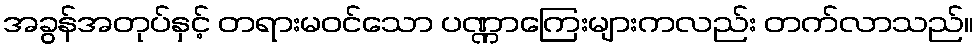
အခွန်အတုပ်နှင့် တရားမဝင်သော ပဏ္ဏာကြေးများကလည်း တက်လာသည်။